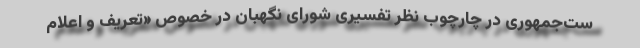
ست‌جمهوری در چارچوب نظر تفسیری شورای نگهبان در خصوص «تعریف و اعلام